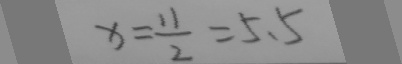
x = \frac { 1 1 } { 2 } = 5 . 5